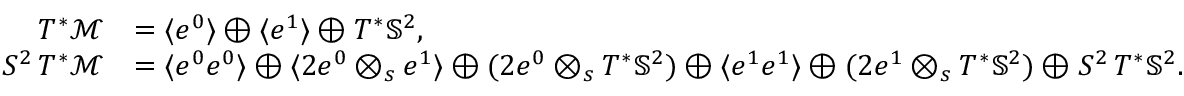
\begin{array} { r l } { T ^ { * } \mathcal { M } } & { = \langle e ^ { 0 } \rangle \oplus \langle e ^ { 1 } \rangle \oplus T ^ { * } \mathbb { S } ^ { 2 } , } \\ { S ^ { 2 } \, T ^ { * } \mathcal { M } } & { = \langle e ^ { 0 } e ^ { 0 } \rangle \oplus \langle 2 e ^ { 0 } \otimes _ { s } e ^ { 1 } \rangle \oplus ( 2 e ^ { 0 } \otimes _ { s } T ^ { * } \mathbb { S } ^ { 2 } ) \oplus \langle e ^ { 1 } e ^ { 1 } \rangle \oplus ( 2 e ^ { 1 } \otimes _ { s } T ^ { * } \mathbb { S } ^ { 2 } ) \oplus S ^ { 2 } \, T ^ { * } \mathbb { S } ^ { 2 } . } \end{array}